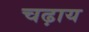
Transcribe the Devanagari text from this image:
चढ़ाय